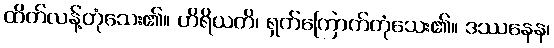
ထိတ်လန့်တုံသေး၏။ ဟိရိယတိ၊ ရှက်ကြောက်တုံသေး၏။ ဒဿနေန၊